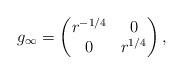
LaTeX: \begin{align*}g_\infty= \begin{pmatrix} r^{-1/4} & 0\\ 0 & r^{1/4} \end{pmatrix},\end{align*}